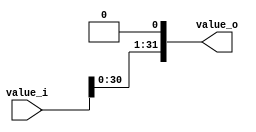
module LeftShifter (
    input [31:0] value_i,
    output [31:0] value_o
);
    assign value_o = value_i << 1;
endmodule